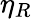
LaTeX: \eta_{R}